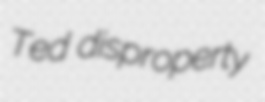
Ted disproperty